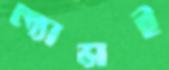
ল্যান্সই